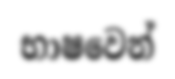
භාෂවෙන්